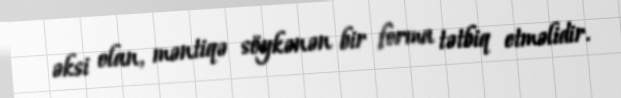
əksi olan, məntiqə söykənən bir forma tətbiq etməlidir.